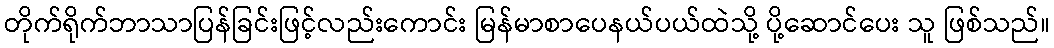
တိုက်ရိုက်ဘာသာပြန်ခြင်းဖြင့်လည်းကောင်း မြန်မာစာပေနယ်ပယ်ထဲသို့ ပို့ဆောင်ပေး သူ ဖြစ်သည်။